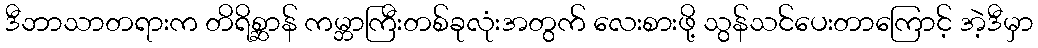
ဒီဘာသာတရားက တိရိစ္ဆာန် ကမ္ဘာကြီးတစ်ခုလုံးအတွက် လေးစားဖို့ သွန်သင်ပေးတာကြောင့် အဲ့ဒီမှာ